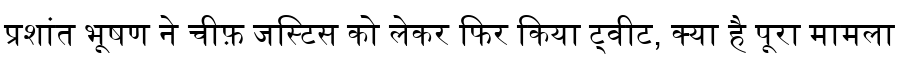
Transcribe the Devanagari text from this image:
प्रशांत भूषण ने चीफ़ जस्टिस को लेकर फिर किया ट्वीट, क्या है पूरा मामला